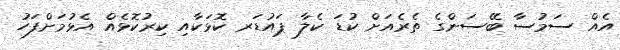
އެއް ސަމުސާ ބޭސަންގެ ތެރެއަށް ކުޑަ ކެލާ ޕައުޑަރ ކޮޅަކާއި ކިރުކޮޅެއް އެޅުމަށްފަހު